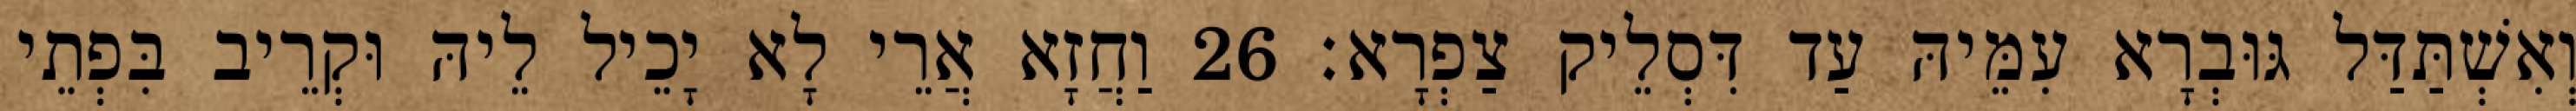
וְאִשְׁתַּדַּל גּוּבְרָא עִמֵּיהּ עַד דִּסְלֵיק צַפְרָא׃ 26 וַחֲזָא אֲרֵי לָא יָכֵיל לֵיהּ וּקְרֵיב בִּפְתֵי